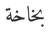
بخاخة